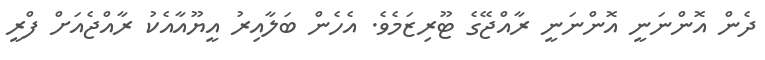
ދެން އޮންނަނީ އޮންނަނީ ރާއްޖޭގެ ޓޫރިޒަމެވެ. އެހެން ބަލާއިރު އީޔޫއާއެކު ރާއްޖެއަށް ފްރީ